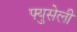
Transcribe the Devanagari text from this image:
फ्युसेली